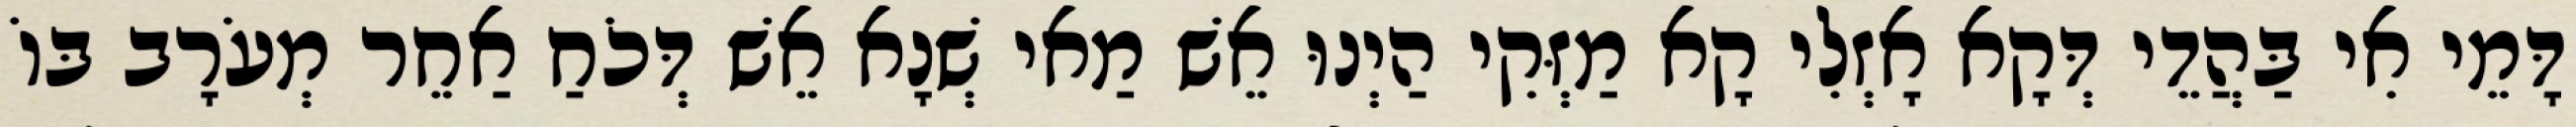
דָּמֵי אִי בַּהֲדֵי דְּקָא אָזְלִי קָא מַזְּקִי הַיְנוּ אֵשׁ מַאי שְׁנָא אֵשׁ דְּכֹחַ אַחֵר מְעֹרָב בּוֹ